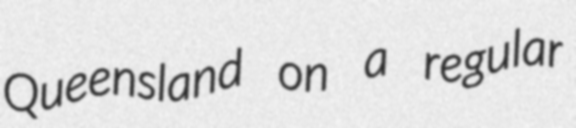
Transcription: Queensland on a regular